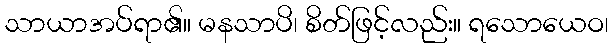
သာယာအပ်ရာ၏။ မနသာပိ၊ စိတ်ဖြင့်လည်း။ ရသောယေဝ၊